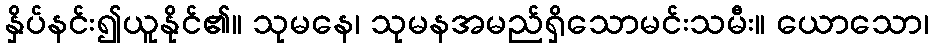
နှိပ်နင်း၍ယူနိုင်၏။ သုမနေ၊ သုမနအမည်ရှိသောမင်းသမီး။ ယောသော၊